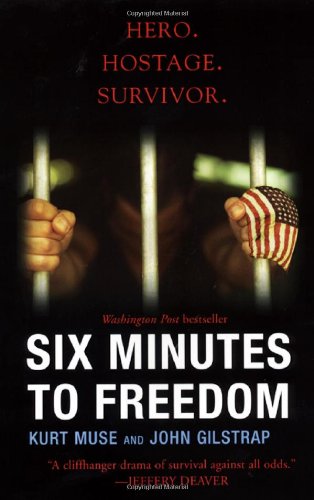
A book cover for Six Minutes to Freedom; Kurt Muse; Biographies & Memoirs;